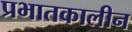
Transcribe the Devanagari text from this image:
प्रभातकालीन